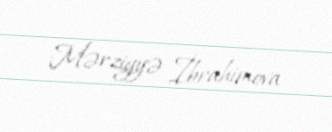
Mərziyyə İbrahimova